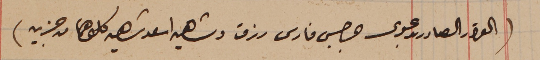
(القرار الصادر بدعوى جرجس فارس رزق وشاهين اسعد شاهين كلاهما من جزين)